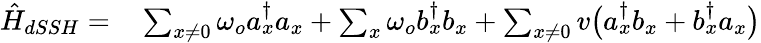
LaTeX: \begin{array}{rl}{\hat{H}_{dSSH}=}&{{}\sum_{x\ne 0}\omega_{o}a_{x}^{\dagger}a_{x}+\sum_{x}\omega_{o}b_{x}^{\dagger}b_{x}+\sum_{x\ne 0}v\big(a_{x}^{\dagger}b_{x}+b_{x}^{\dagger}a_{x}\big)}\end{array}